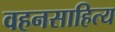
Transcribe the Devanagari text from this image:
वहनसाहित्य